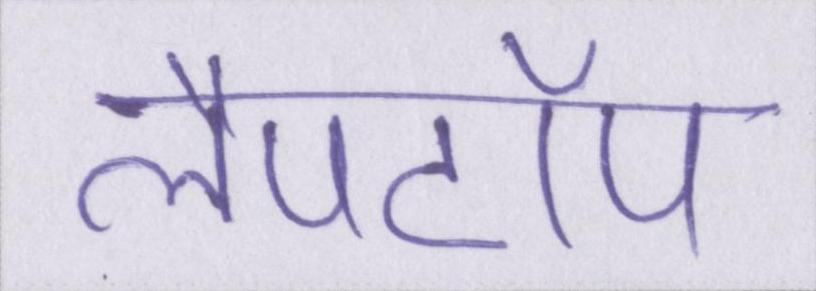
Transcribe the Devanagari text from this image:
लैपटॉप